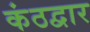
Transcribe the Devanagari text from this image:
कंठद्वार